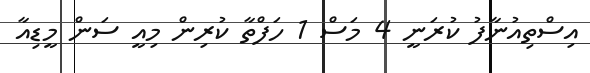
އިސްތިއުނާފު ކުރަނީ 4 މަސް 1 ހަފްތާ ކުރިން މިއީ ސަން މީޑިއާ